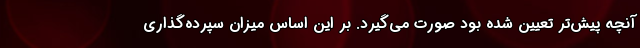
آنچه پیش‌تر تعیین شده بود صورت می‌گیرد. بر این اساس میزان سپرده‌گذاری